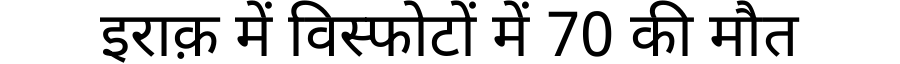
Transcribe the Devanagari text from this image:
इराक़ में विस्फोटों में 70 की मौत